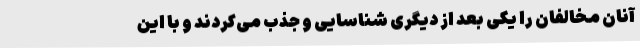
آنان مخالفان را یکی بعد از دیگری شناسایی و جذب می‌کردند و با این